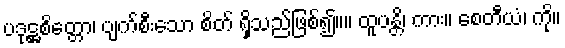
ပဒုဋ္ဌစိတ္တော၊ ပျက်စီးသော စိတ် ရှိသည်ဖြစ်၍။။ ထူပန္တိ၊ ကား။ စေတီယံ၊ ကို။